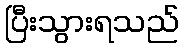
ပြီးသွားရသည်